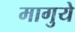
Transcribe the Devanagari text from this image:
मागुये